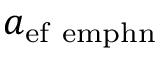
a _ { \mathrm { { e f } \ e m p h { n } } }